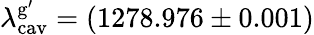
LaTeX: \lambda_{\mathrm{cav}}^{\mathrm{g}^{\prime}}=(1278.976\pm 0.001)